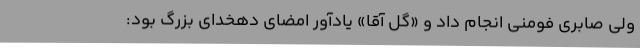
ولی صابری فومنی انجام داد و «گل آقا» یادآور امضای دهخدای بزرگ بود: